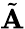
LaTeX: \tilde{\textbf{A}}